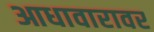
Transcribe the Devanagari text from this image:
आधावारावर